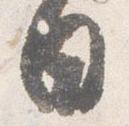
日